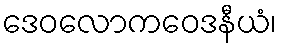
ဒေဝလောကဝေဒနီယံ၊